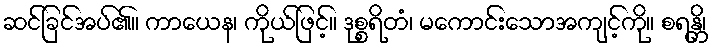
ဆင်ခြင်အပ်၏။ ကာယေန၊ ကိုယ်ဖြင့်။ ဒုစ္စရိတံ၊ မကောင်းသောအကျင့်ကို။ စရန္တိ၊